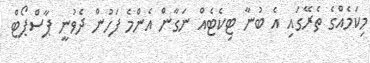
މިކަމެއްގެ ތެރޭގައި އެ ބުނާ ޓިކެޓެއް ނަގާން އެންމެ ފަހުން ދެވުނީ ޕާސްޕޯޓް